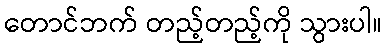
တောင်ဘက် တည့်တည့်ကို သွားပါ။